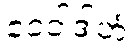
ဧဝံဝါဒါဟံ